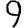
Digit: 9